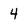
Character: 4